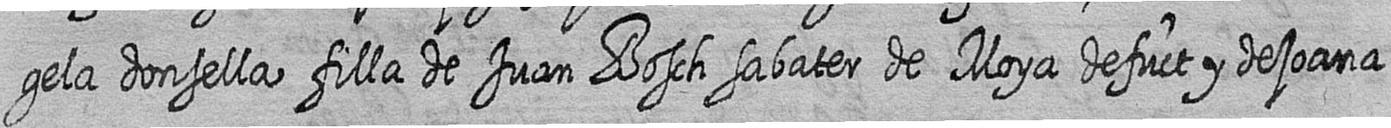
gela donsella filla de Juan Bosch sabater de Moya defuct y de joana